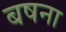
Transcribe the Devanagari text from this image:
बषना